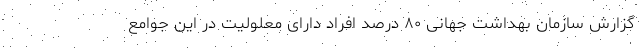
گزارش سازمان بهداشت جهانی ۸۰ درصد افراد دارای معلولیت در این جوامع